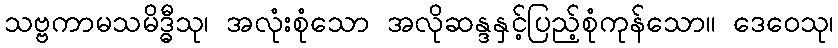
သဗ္ဗကာမသမိဒ္ဓီသု၊ အလုံးစုံသော အလိုဆန္ဒနှင့်ပြည့်စုံကုန်သော။ ဒေဝေသု၊